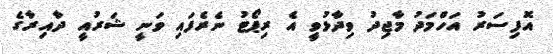
އޮފިސަރު އަހްމަދު މާޖިދު ވިދާޅުވީ އެ ރިޕޯޓު ނެރެފައި ވަނީ ޝަރުއީ ދާއިރާގެ